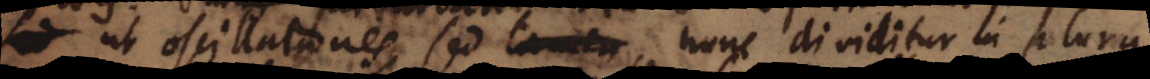
ut oscillationes, sed tamen nunc dividitur in plura,